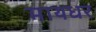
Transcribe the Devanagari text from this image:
मायधर